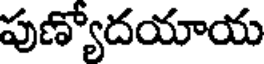
పుణ్యోదయాయ